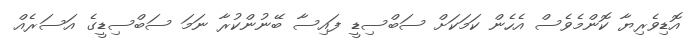
އޮޑިވެރިޔާ ކޮންމެވެސް އެހެން ކަމަކަށް ސަބްސިޑީ ފައިސާ ބޭނުންކުރާ ނަމަ ސަބްސިޑީގެ އަސަރެއް